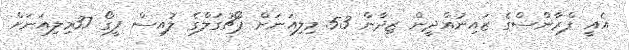
އެއީ ފްރާންސްގެ ޒައިނުއްދީން ޒިދާން 53 މިލިއަނަށް ޕޯޗުގަލްގެ ލުއިސް ފީގޯ 37މިލިއަނަށް